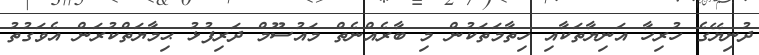
ދުނިޔޭގެ ހުރިހާ އަނިޔާތަކާއި ހިތާމަތަކުން މި ބާރެއްނެތް މައުސޫމް ދަރިފުޅު ޙިމާޔަތްކުރަން އެވަގުތު